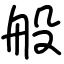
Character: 般